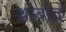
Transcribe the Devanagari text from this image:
थाबाद